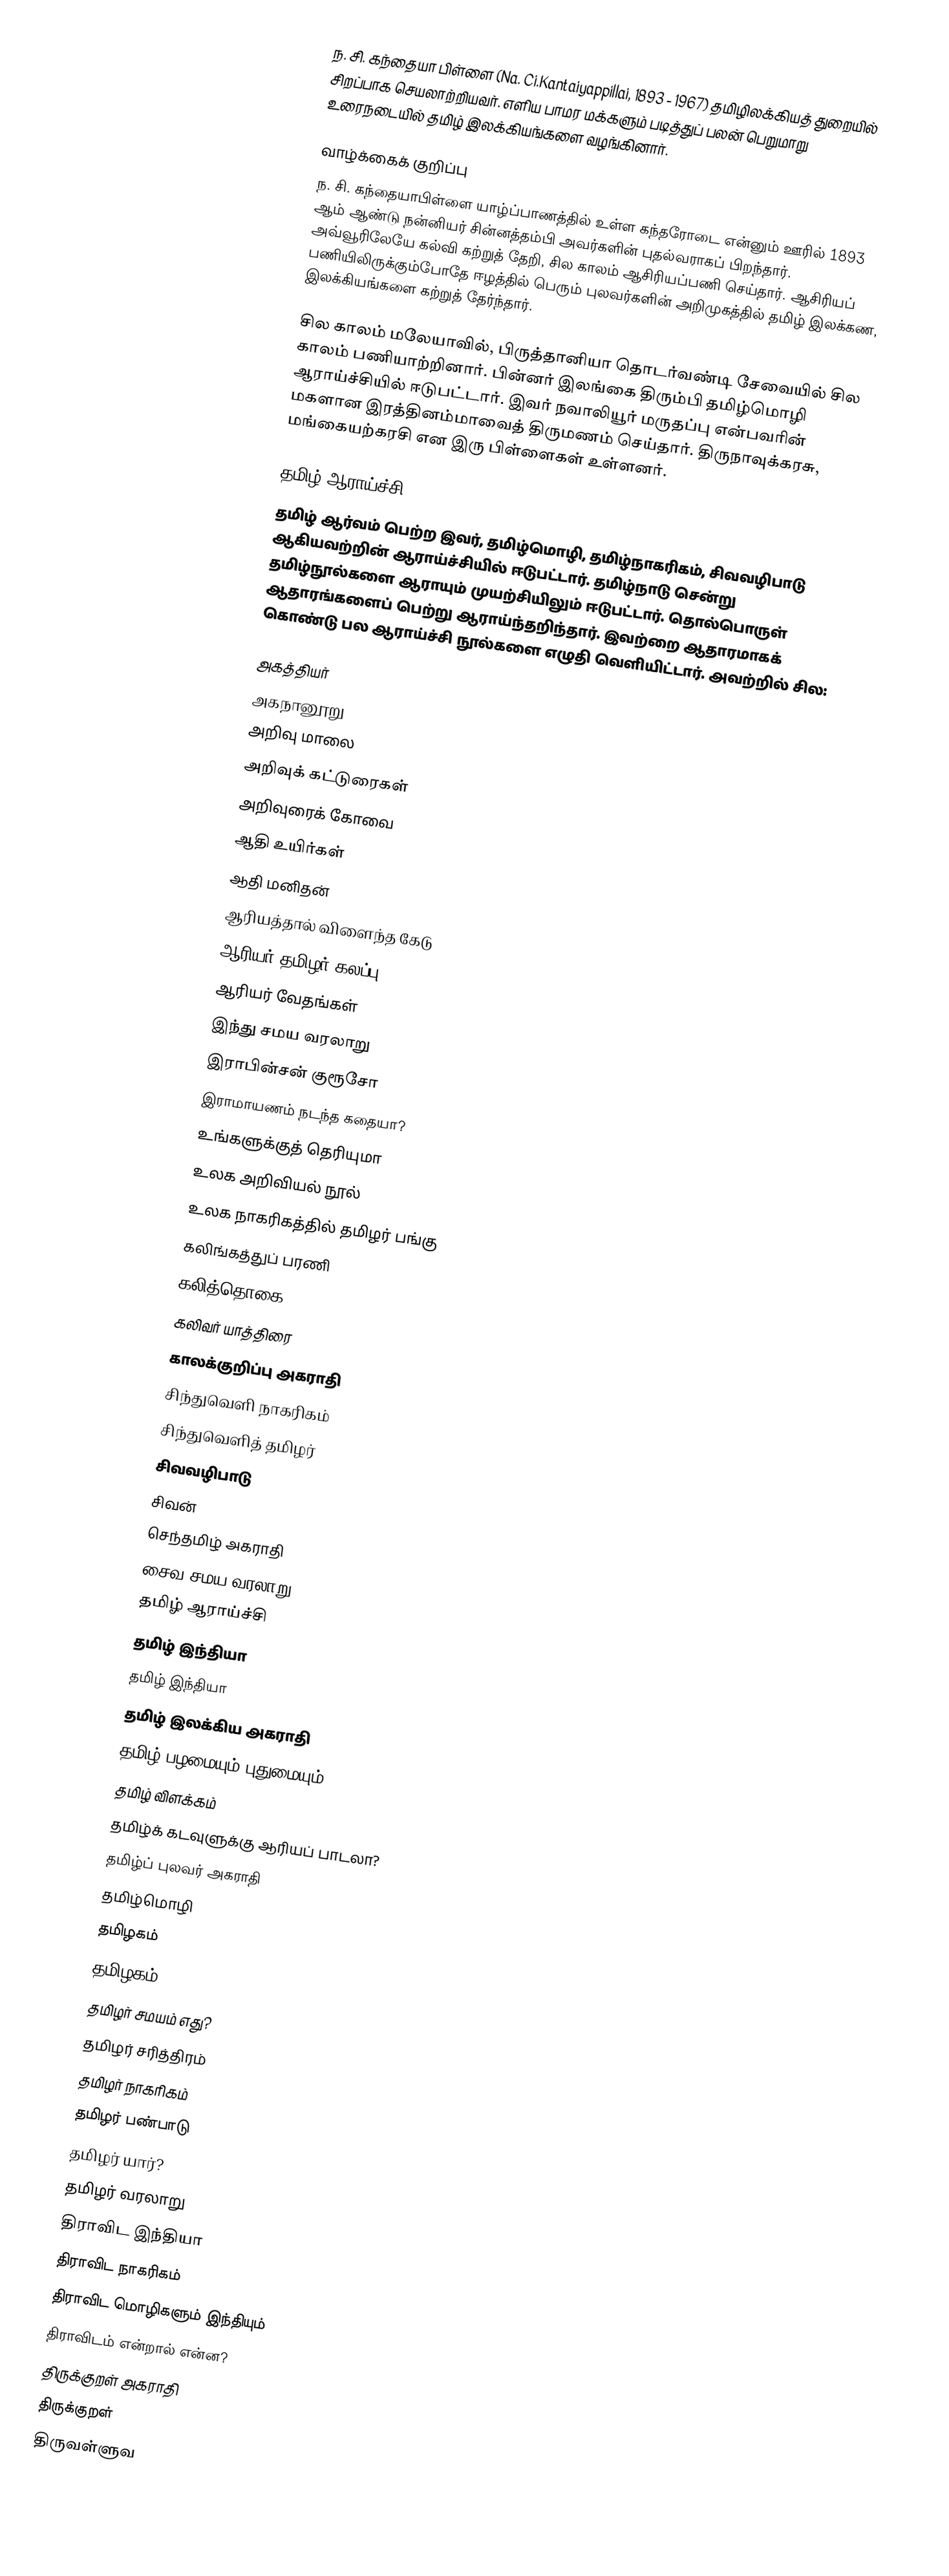
ந. சி. கந்தையா பிள்ளை (Na. Ci.Kantaiyappillai,  1893 - 1967) தமிழிலக்கியத் துறையில் சிறப்பாக செயலாற்றியவர். எளிய பாமர மக்களும் படித்துப் பலன் பெறுமாறு உரைநடையில் தமிழ்  இலக்கியங்களை வழங்கினார்.

வாழ்க்கைக் குறிப்பு
ந. சி. கந்தையாபிள்ளை யாழ்ப்பாணத்தில் உள்ள கந்தரோடை என்னும் ஊரில் 1893 ஆம் ஆண்டு நன்னியர் சின்னத்தம்பி அவர்களின் புதல்வராகப் பிறந்தார். அவ்வூரிலேயே கல்வி கற்றுத் தேறி, சில காலம் ஆசிரியப்பணி செய்தார். ஆசிரியப் பணியிலிருக்கும்போதே ஈழத்தில் பெரும் புலவர்களின் அறிமுகத்தில் தமிழ் இலக்கண, இலக்கியங்களை கற்றுத் தேர்ந்தார்.

சில காலம் மலேயாவில், பிருத்தானியா தொடர்வண்டி சேவையில் சில காலம் பணியாற்றினார். பின்னர் இலங்கை திரும்பி தமிழ்மொழி ஆராய்ச்சியில் ஈடுபட்டார். இவர் நவாலியூர் மருதப்பு என்பவரின் மகளான இரத்தினம்மாவைத் திருமணம் செய்தார். திருநாவுக்கரசு, மங்கையற்கரசி என இரு பிள்ளைகள் உள்ளனர்.

தமிழ் ஆராய்ச்சி
தமிழ் ஆர்வம் பெற்ற இவர், தமிழ்மொழி, தமிழ்நாகரிகம், சிவவழிபாடு ஆகியவற்றின் ஆராய்ச்சியில் ஈடுபட்டார். தமிழ்நாடு சென்று தமிழ்நூல்களை ஆராயும் முயற்சியிலும் ஈடுபட்டார். தொல்பொருள் ஆதாரங்களைப் பெற்று ஆராய்ந்தறிந்தார். இவற்றை ஆதாரமாகக் கொண்டு பல ஆராய்ச்சி நூல்களை எழுதி வெளியிட்டார். அவற்றில் சில:

 அகத்தியர்
 அகநானூறு
 அறிவு மாலை
 அறிவுக் கட்டுரைகள்
 அறிவுரைக் கோவை
 ஆதி உயிர்கள்
 ஆதி மனிதன்
 ஆரியத்தால் விளைந்த கேடு
 ஆரியர் தமிழர் கலப்பு
 ஆரியர் வேதங்கள்
 இந்து சமய வரலாறு
 இராபின்சன் குரூசோ
 இராமாயணம் நடந்த கதையா?
 உங்களுக்குத் தெரியுமா
 உலக அறிவியல் நூல்
 உலக நாகரிகத்தில் தமிழர் பங்கு
 கலிங்கத்துப் பரணி
 கலித்தொகை
 கலிவர் யாத்திரை
 காலக்குறிப்பு அகராதி
 சிந்துவெளி நாகரிகம்
 சிந்துவெளித் தமிழர்
 சிவவழிபாடு
 சிவன்
 செந்தமிழ் அகராதி
 சைவ சமய வரலாறு
 தமிழ் ஆராய்ச்சி
 தமிழ் இந்தியா
 தமிழ் இந்தியா
 தமிழ் இலக்கிய அகராதி
 தமிழ் பழமையும் புதுமையும்
 தமிழ் விளக்கம்
 தமிழ்க் கடவுளுக்கு ஆரியப் பாடலா?
 தமிழ்ப் புலவர் அகராதி
 தமிழ்மொழி
 தமிழகம்
 தமிழகம்
 தமிழர் சமயம் எது?
 தமிழர் சரித்திரம்
 தமிழர் நாகரிகம்
 தமிழர் பண்பாடு
 தமிழர் யார்?
 தமிழர் வரலாறு
 திராவிட இந்தியா
 திராவிட நாகரிகம்
 திராவிட மொழிகளும் இந்தியும்
 திராவிடம் என்றால் என்ன?
 திருக்குறள் அகராதி
 திருக்குறள்
 திருவள்ளுவ